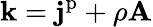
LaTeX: \mathbf{k}=\mathbf{j}^{\mathrm{p}}+\rho\mathbf{A}